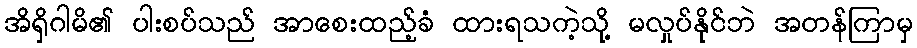
အိရှိဂါမိ၏ ပါးစပ်သည် အာစေးထည့်ခံ ထားရသကဲ့သို့ မလှုပ်နိုင်ဘဲ အတန်ကြာမှ